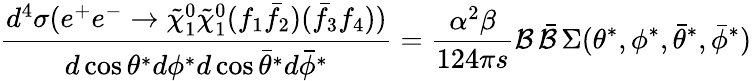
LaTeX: \frac{d^{4}\sigma(e^{+}e^{-}\to\tilde{\chi}_{1}^{0}\tilde{\chi}_{1}^{0}(f_{1}\bar{f}_{2})(\bar{f}_{3}f_{4}))}{d\cos\theta^{*}d\phi^{*}d\cos\bar{\theta}^{*}d\bar{\phi}^{*}}=\frac{\alpha^{2}\beta}{124\pi s}{\cal B}\, \bar{\cal B}\, \Sigma(\theta^{*},\phi^{*},\bar{\theta}^{*},\bar{\phi}^{*})